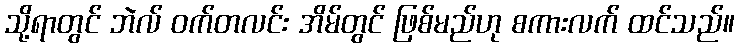
သို့ရာတွင် ဘဲလ် ဝက်တလင်း အိမ်တွင် ဖြစ်မည်ဟု စကားလက် ထင်သည်။